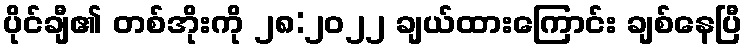
ပိုင်ချီ၏ တစ်အိုးကို ၂၈:၂၀၂၂ ချယ်ထားကြောင်း ချစ်နေပြီ